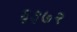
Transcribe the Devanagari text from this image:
६३७२